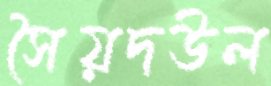
সৈয়দউল